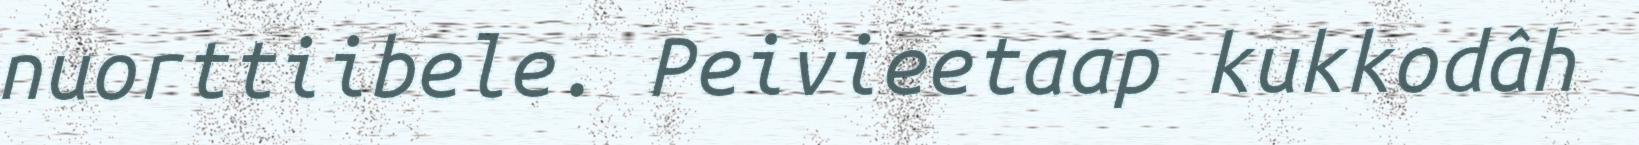
nuorttiibele. Peivieetaap kukkodâh